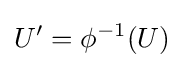
U'=\phi ^{-1}(U)